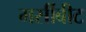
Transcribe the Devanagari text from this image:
मर्सीबीट